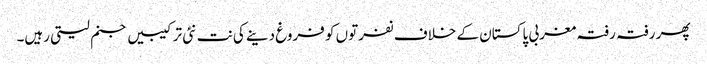
پھر رفتہ رفتہ مغربی پاکستان کے خلاف نفرتوں کو فروغ دینے کی نت نئی ترکیبیں جنم لیتی رہیں۔